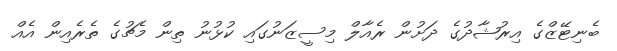
ބެނިޓޭޒްގެ އިރުޝާދުގެ ދަށުން ރެއާލް މިސީޒަނުގައި ކުޅުނު ތިން މެޗުގެ ތެރެއިން އެއް